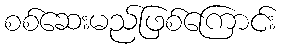
စစ်ဆေးမည်ဖြစ်ကြောင်း